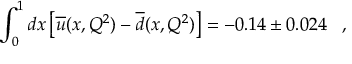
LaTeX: \int _ { 0 } ^ { 1 } d x \left[ \overline { { { u } } } ( x , Q ^ { 2 } ) - \overline { { { d } } } ( x , Q ^ { 2 } ) \right] = - 0 . 1 4 \pm 0 . 0 2 4 \; \; \; ,